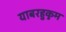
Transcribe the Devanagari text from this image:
याबरहुकुम